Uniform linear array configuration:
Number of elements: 64
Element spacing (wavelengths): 1
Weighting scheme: hann
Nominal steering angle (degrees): -30
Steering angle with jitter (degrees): -28.308
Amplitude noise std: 0.05
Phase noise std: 0.05

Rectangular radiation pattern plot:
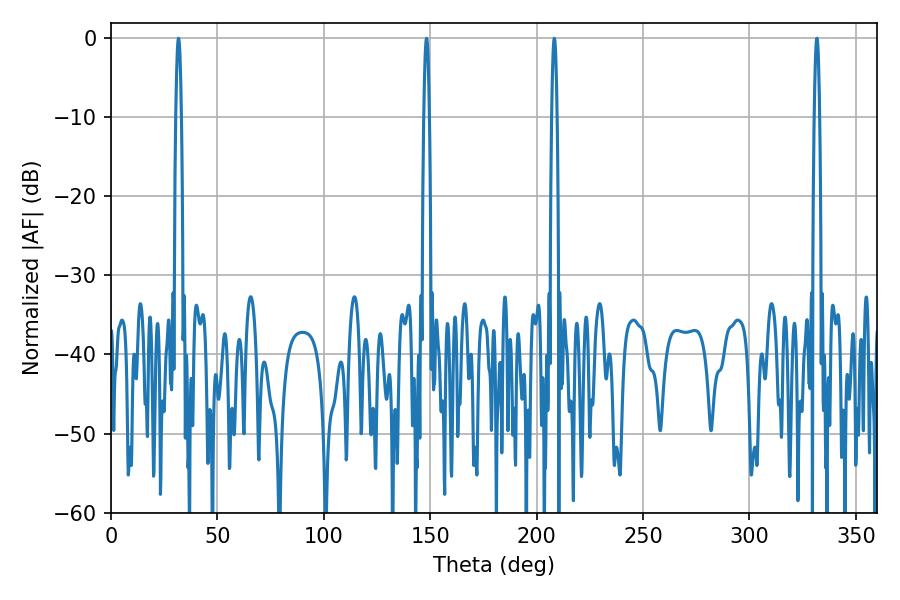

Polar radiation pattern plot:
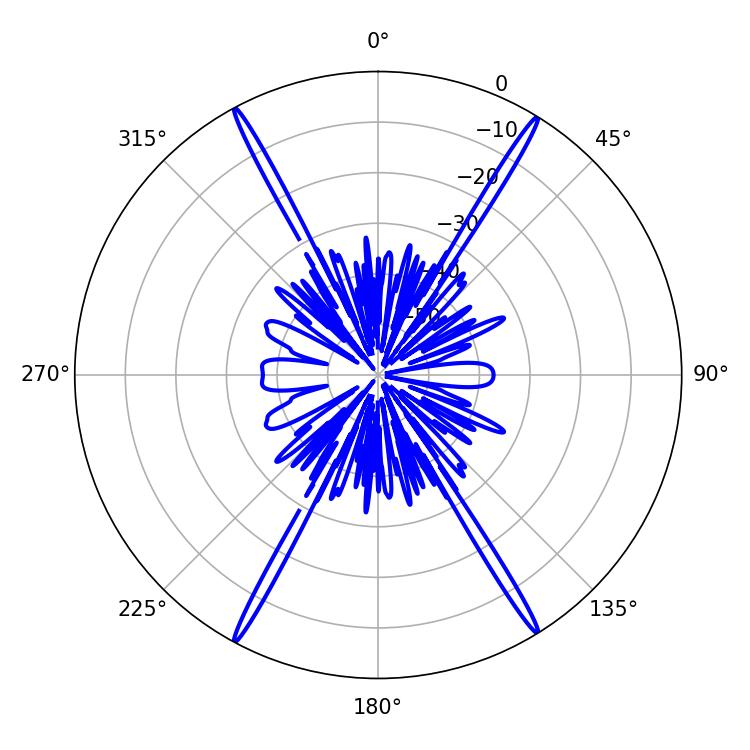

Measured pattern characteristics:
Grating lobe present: TRUE
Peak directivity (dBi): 27.241
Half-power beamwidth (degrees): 1.44
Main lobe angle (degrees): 31.68